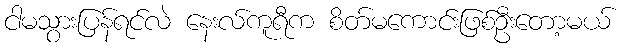
ငါမသွားပြန်ရင်လဲ နေးလ်ကူရီက စိတ်မကောင်းဖြစ်ဦးတော့မယ်